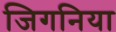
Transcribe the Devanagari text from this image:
जिगनिया